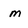
Character: m